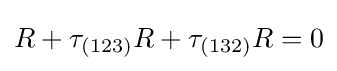
R+\tau _{(123)}R+\tau _{(132)}R=0